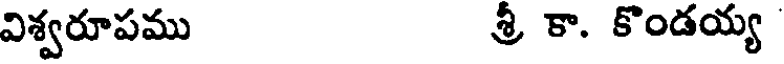
విశ్వరూపము శ్రీ కా. కొండయ్య